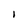
Character: l